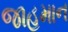
જાહમાન